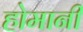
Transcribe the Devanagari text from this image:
होमानी